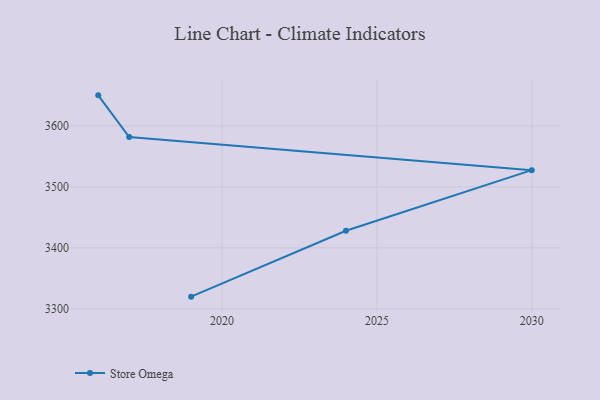
{"axis": {"x": "Year", "y": "Headcount"}, "legend": ["Store Omega"], "data": [{"x": "2019", "y": 3320.0, "type": "Store Omega"}, {"x": "2024", "y": 3428.1, "type": "Store Omega"}, {"x": "2030", "y": 3527.5, "type": "Store Omega"}, {"x": "2017", "y": 3581.9, "type": "Store Omega"}, {"x": "2016", "y": 3650.2, "type": "Store Omega"}]}